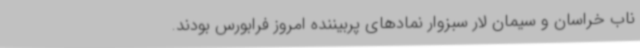
ناب خراسان و سیمان لار سبزوار نمادهای پربیننده امروز فرابورس بودند.